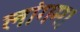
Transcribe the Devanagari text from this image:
लांगम।